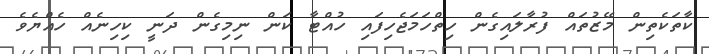
ކާތަކެތިން މޭޒުތައް ފުރާލައިގެން ހިތްހަމަޖެހިފައި ހުއްޓާ ކަން ނިމިގެން ދަނީ ކިހިނެއް ހެއްޔެވެ